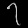
Digit: ၇